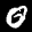
Label: 0